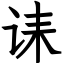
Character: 诔